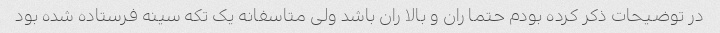
در توضیحات ذکر کرده بودم حتما ران و بالا ران باشد ولی متاسفانه یک تکه سینه فرستاده شده بود